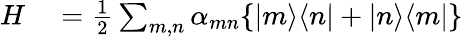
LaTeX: \begin{array}{rl}{H}&{{}=\frac{1}{2}\sum_{m,n}\alpha_{mn}\{ |m\rangle\langle n|+|n\rangle\langle m|\} }\end{array}